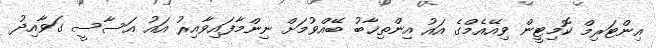
އިންޓަރިމް ކޮމިޓީން ވިއޭއެމްގެ އައު އިންތިޚާބު ބޭއްވުމަށް ނިންމާފައިވާއިރު އައު އަސާސީ ގަވާއިދު